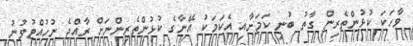
ވާހަކަ ކުޅުންތެރިން ގާތު ބުނި ކަމަށާއި އެކަމަކު އޭނާގެ ކުޅުންތެރިންނަށް ރާއްޖެ ނުހުއްޓުވުނު